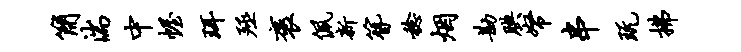
简湍中幄珥殛褒佩新簪稔烟勘腆帑串玩拂